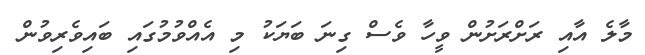
މާލެ އާއި ރަށްރަށުން ވީހާ ވެސް ގިނަ ބަޔަކު މި އެއްވުމުގައި ބައިވެރިވުން